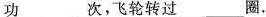
功___次，飞轮转过___圈，